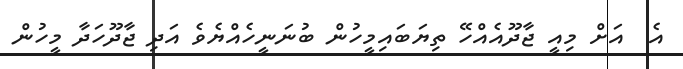
އެ  އަށް މިއީ ޖާދޫއެއްހޭ ތިޔަބައިމީހުން ބުނަނީހެއްޔެވެ އަދި ޖާދޫހަދާ މީހުން